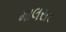
માલસર